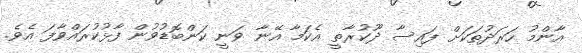
އާންމު ހަރަދުތަކަށް ފައިސާ ދޫކުރާތީ އެކަމާ އޭނާ ވަނީ ކަންބޮޑުވުން ފާޅުކުރައްވާފަ އެވެ.